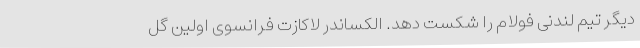
دیگر تیم لندنی فولام را شکست دهد. الکساندر لاکازت فرانسوی اولین گل